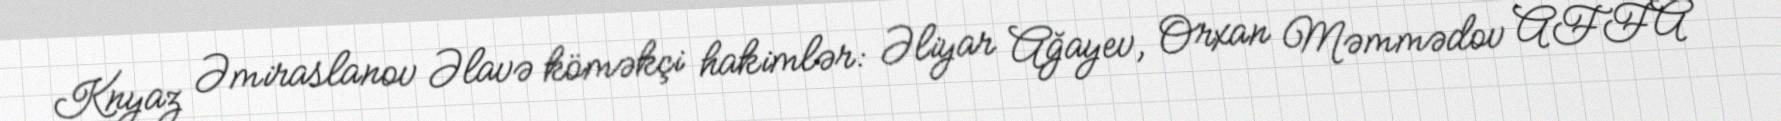
Knyaz Əmiraslanov Əlavə köməkçi hakimlər: Əliyar Ağayev, Orxan Məmmədov AFFA